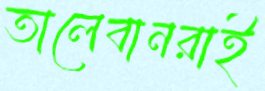
তালেবানরাই